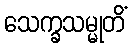
သေက္ခသမ္မုတိံ